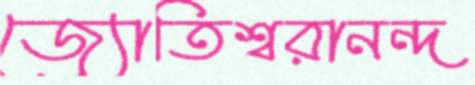
জ্যোতিশ্বরানন্দ